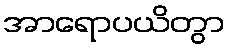
အာရောပယိတွာ